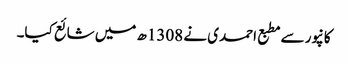
کانپور سے مطبع احمدی نے 1308ھ میں شائع کیا۔